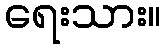
ရေးသား။